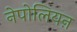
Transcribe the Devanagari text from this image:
नेपोलियऩ